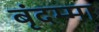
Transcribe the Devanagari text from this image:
बृंदम्मा